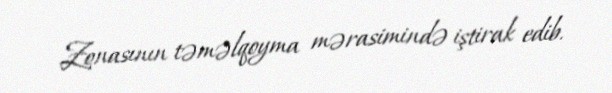
Zonasının təməlqoyma mərasimində iştirak edib.